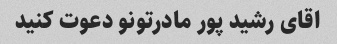
اقای رشید پور مادرتونو دعوت کنید